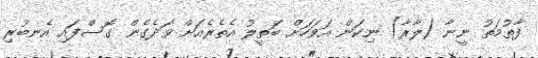
ފާތުމަތު ނީނާ (ލާރާ) ނިކަން އަވަހަށް ބަތީލު އެތެރެއަށް ވަދެގެން ގޮސްފައި އެނބުރި